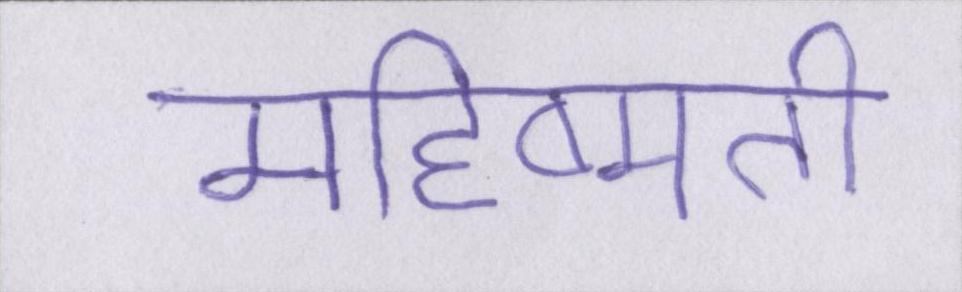
महिष्मती